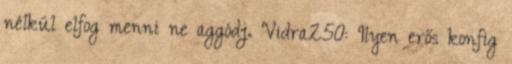
nélkül elfog menni ne aggódj. Vidra250: Ilyen erős konfig